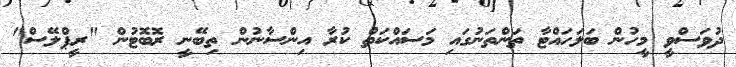
ދުވަސްވީ މީހުން ބަލަހައްޓާ ތަންތަނުގައި މަސައްކަތް ކުރާ އިންސާނުން ތިބޭނީ ރޮބޮޓުން "ރީޕްލޭސް"